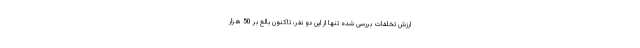
ارزش تخلفات بررسی شده تنها از این دو نفر، تاکنون بالغ بر 50 هزار